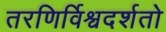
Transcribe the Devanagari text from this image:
तरणिर्विश्वदर्शतो